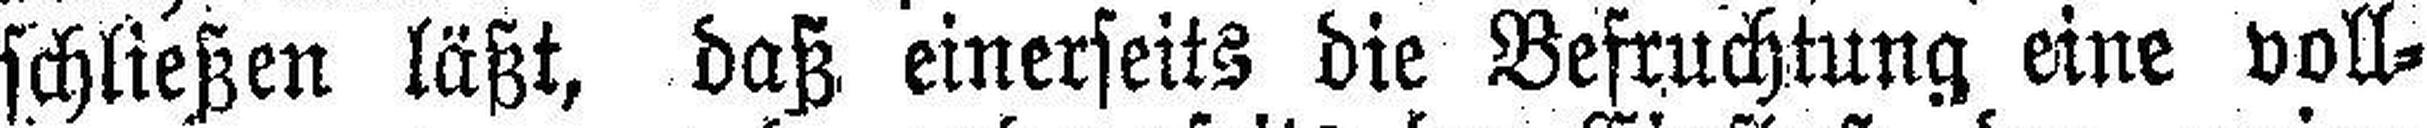
schließen läßt, daß einerseits die Befruchtung eine voll¬